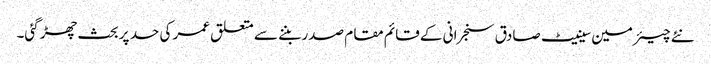
نئے چیئرمین سینیٹ صادق سنجرانی کے قائم مقام صدر بننے سے متعلق عمر کی حد پر بحث چھڑ گئی۔